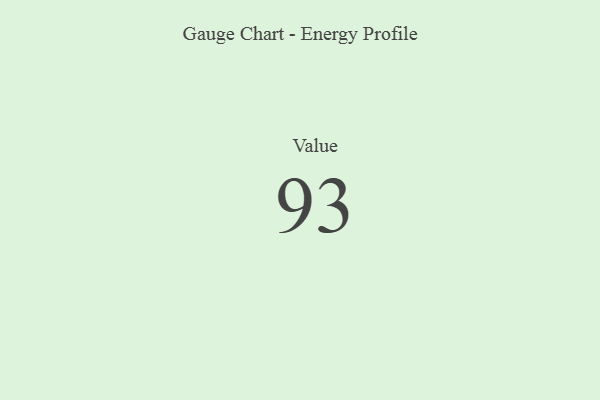
{"axis": {"x": "Metric", "y": "Value"}, "legend": [""], "data": [{"x": "Value", "y": 93, "type": ""}]}